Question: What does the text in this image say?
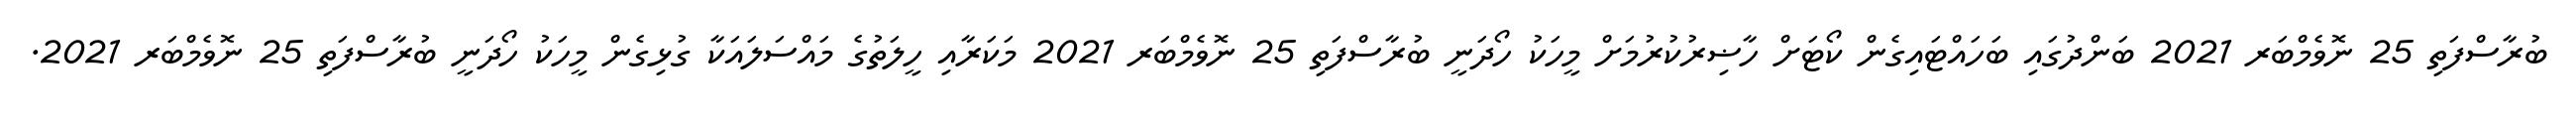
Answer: ބުރާސްފަތި 25 ނޮވެމްބަރ 2021 ބަންދުގައި ބަހައްޓައިގެން ކޯޓަށް ހާޟިރުކުރުމަށް މީހަކު ހޯދަނީ ބުރާސްފަތި 25 ނޮވެމްބަރ 2021 މަކަރާއި ހީލަތުގެ މައްސަލައަކާ ގުޅިގެން މީހަކު ހޯދަނީ ބުރާސްފަތި 25 ނޮވެމްބަރ 2021.